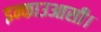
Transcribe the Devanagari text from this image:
इन्काउआसी।